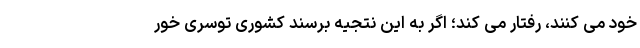
خود می کنند، رفتار می کند؛ اگر به این نتجیه برسند کشوری توسری خور